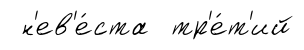
н'ев'е́ста тр'е́т'ий